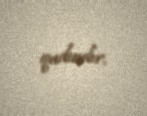
qadındır.